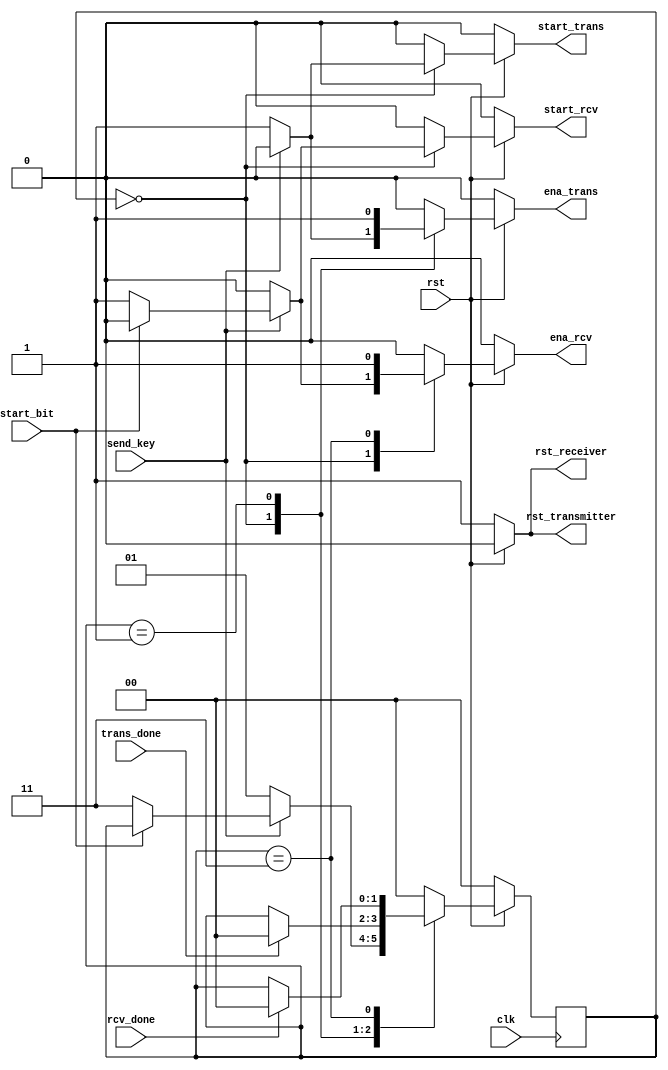
module TransceiverController
(	
	input 		clk,
	input			rst,
	input			send_key,
	input			start_bit,
	input			trans_done,
	input			rcv_done,
	output reg	ena_trans,
	output reg	ena_rcv,
	output reg 	start_trans,
	output reg	start_rcv,
	output reg 	rst_transmitter,
	output reg	rst_receiver
);

parameter IDLE 	= 2'b00;
parameter TRANS	= 2'b01;
parameter RCV		= 2'b11;

reg [1:0] pstate, nstate;

always @(posedge clk)
begin
	pstate <= nstate;
end

always @(pstate, rst, send_key, start_bit, trans_done, rcv_done)
begin
	ena_trans			= 1'b0;
	ena_rcv				= 1'b0;
	start_trans			= 1'b0;
	start_rcv			= 1'b0;
	rst_transmitter	= 1'b0;
	rst_receiver 		= 1'b0;
	nstate 				= pstate;
	
	if(!rst) begin
		rst_transmitter	= 1'b1;
		rst_receiver		= 1'b1;
		nstate				= IDLE;
	end
	else begin
		case(pstate)
			IDLE: begin
				if(send_key == 0) begin
					ena_trans	= 1'b1;
					start_trans	= 1'b1;
					nstate 		= TRANS;
				end
				else if(start_bit == 0) begin
					ena_rcv		= 1'b1;
					start_rcv 	= 1'b1;
					nstate		= RCV;
				end
			end
			
			TRANS: begin
				ena_trans = 1'b1;
				
				if(trans_done)
					nstate = IDLE;
			end
			
			RCV: begin
				ena_rcv = 1'b1;
				
				if(rcv_done)
					nstate = IDLE;
			end
			
			default: begin
				nstate = IDLE;
			end
		endcase
	end
end
endmodule